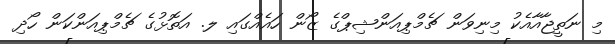
މި ނަތީޖާއާއެކު މިނިވަން ޗެމްޕިއަންޝިޕްގެ ޒޯން ހައެއްގައި ލ. އަތޮޅުގެ ޗެމްޕިއަންކަން ހޯދި